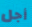
أجل